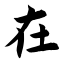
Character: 在